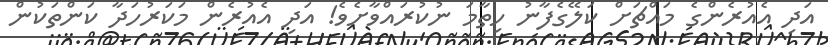
އަދި އެއުރެންގެ މައްޗަށް ކަލޭގެފާނު ހިތާމަ ނުކުރައްވާށެވެ! އަދި އެއުރެން މަކަރުހަދާ ކަންތަކުން